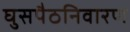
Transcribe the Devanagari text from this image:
घुसपैठनिवारण